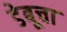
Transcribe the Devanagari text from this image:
डेबूचा